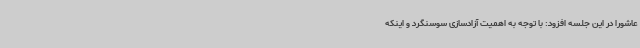
عاشورا در این جلسه افزود: با توجه به اهمیت آزادسازی سوسنگرد و اینکه